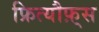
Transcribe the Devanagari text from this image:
फ्रित्यौफ़्स